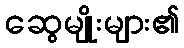
ဆွေမျိုးများ၏